King Institute of Preventive Medicine Bacteriolog. Section reports 1907-08
Year: 1907
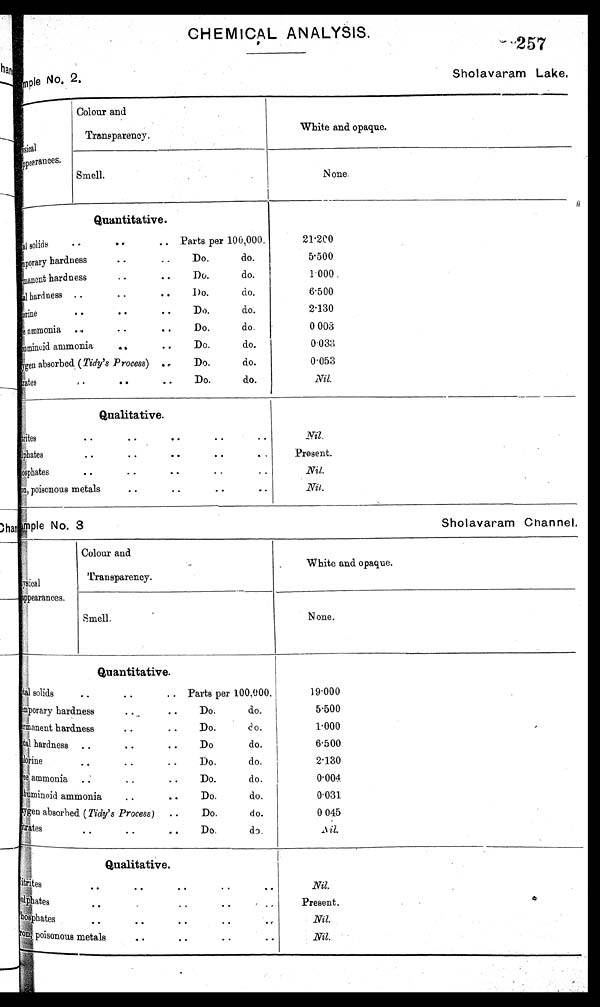
No. 3
Sholavaram Channel
CHEMICAL ANALYSIS.
Lie No, 2,
257
Sholavaram Lake.
Colour and
Transparency.
physi cal
White and opaque.
Appearannes.
Smell.
None.
Quantitative.
T o t a l
solids
• •
• •
..
Parts per 100,000.
• •
Temporary hardness. . Do. do.
hardness..
Permanent hardness• • Do. do.
• •
Total hardness . • 1)o. do.
• •
clorine • • .. Do. do.
. .
ammonia .
.
Do.
do.
• •
Abuminoid ammonia A 6 Do. do.
xygen absorbed (Tidy's Process) .. Do. do.
Titrates
• •
• •
Do.
do.
21.200
5.500
1.000 .
6.500
2.130
0 003
0.033
0.053
Nil.
Qualitative.
.
• •
Titrites • •.. • • • •
Oates• •
• •
• •
. ,
• ,
Phosphates
• •
• •
• •
..
..
• •
I r o n ,
poisonous metals
• •
• •
. .
Nil.
Present.
Nil.
Nil.
Colour and
Transparency.
Pysical
White and opaque.
appearances.
Smell.
N one.
Quantitative.
1 solids
..
.. Parts per 100,000.
. .
Temporary hardness..
do,
do.
anent hardness
• •
Do.
. .
1 hardness ..
• •
• •
Do
do.
rineDo.
do.
. ,
• •
. .
ammonia . .•
•
Do.
do.
.
Albumminoid .. • • Do. do.
xygen absorbed (Tidy's Process)
..
Do.
do.
Titrates Do. do.
••
• .
••
19.000
5.500
1.000
6.500
2.130
0.004
0.031
0 045
N i l .
Qualitative.
te s.
• .
• •
• •
• •
• •
Salphates
• .
. .
• •
.
Phosphate
• •
• •
• •
• •
•
poisonous metals
• .
• •
• •
Nil.
Present.
Nil.
Nil.